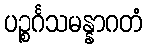
ပဉ္စင်္ဂသမန္နာဂတံ